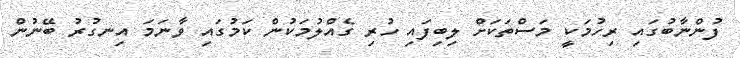
ފުންނާބުގައި ރިހުމަކީ މަސްތަކަށް ލިބިފައި ހުރި ގެއްލުމަކުން ކަމުގައި ވާނަމަ އިނގުރު ބޭނުން